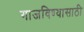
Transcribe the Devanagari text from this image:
गाजविण्यासाठी